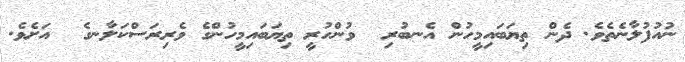
ނުއުފުލާނެތެވެ. ދެން ތިޔަބައިމީހުން އެނބުރި  ވުންހުރީ ތިޔަބައިމީހުންގެ ވެރިރަސްކަލާނގެ  އަށެވެ.